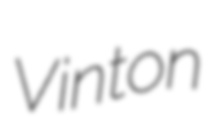
Vinton